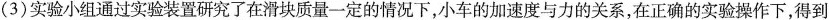
(3)实验小组通过实验装置研究了在滑块质量一定的情况下，小车的加速度与力的关系，在正确的实验操作下，得到